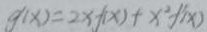
g ^ { \prime } ( x ) = 2 x f ( x ) + x ^ { 2 } + ( x )